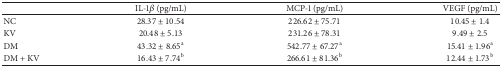
|  | IL-1β (pg/mL) | MCP-1 (pg/mL) | VEGF (pg/mL) |
 | --- | --- | --- | --- |
 | NC | 28.37 ± 10.54 | 226.62 ± 75.71 | 10.45 ± 1.4 |
 | KV | 20.48 ± 5.13 | 231.26 ± 78.31 | 9.49 ± 2.5 |
 | DM | 43.32 ± 8.65a | 542.77 ± 67.27a | 15.41 ± 1.96a |
 | DM + KV | 16.43 ± 7.74b | 266.61 ± 81.36b | 12.44 ± 1.73b |